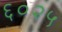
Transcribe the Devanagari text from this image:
६०२५